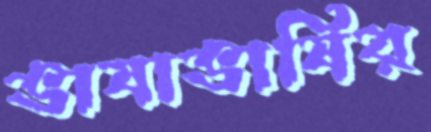
ভাষাভাষির